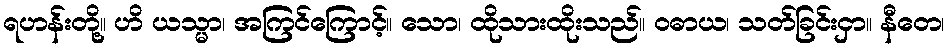
ရဟန်းတို့။ ဟိ ယသ္မာ၊ အကြင်ကြောင့်။ သော၊ ထိုသားထိုးသည်။ ဝဓာယ၊ သတ်ခြင်းငှာ။ နီတေ၊